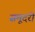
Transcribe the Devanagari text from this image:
समूदरी